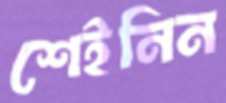
শেইনিন